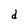
Character: d